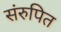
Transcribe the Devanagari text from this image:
संरुपित